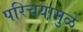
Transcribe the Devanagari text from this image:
परिचयामुळे